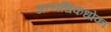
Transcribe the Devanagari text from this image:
अत्यधिकधोका